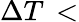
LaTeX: \Delta T\, <